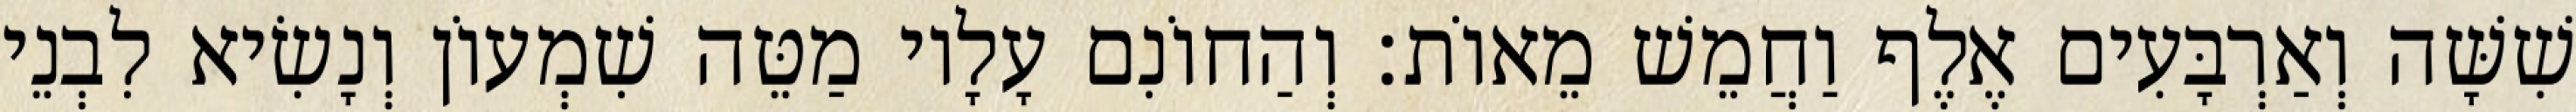
שִׁשָּׁה וְאַרְבָּעִים אֶלֶף וַחֲמֵשׁ מֵאוֹת׃ וְהַחוֹנִם עָלָיו מַטֵּה שִׁמְעוֹן וְנָשִׂיא לִבְנֵי